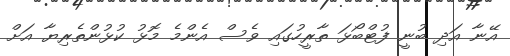
އޭނާ އަދި ބުނީ ފުޓްބޯޅަ ތާރީހުގައި ވެސް އެންމެ މޮޅު ކުޅުންތެރިޔާ އަށް